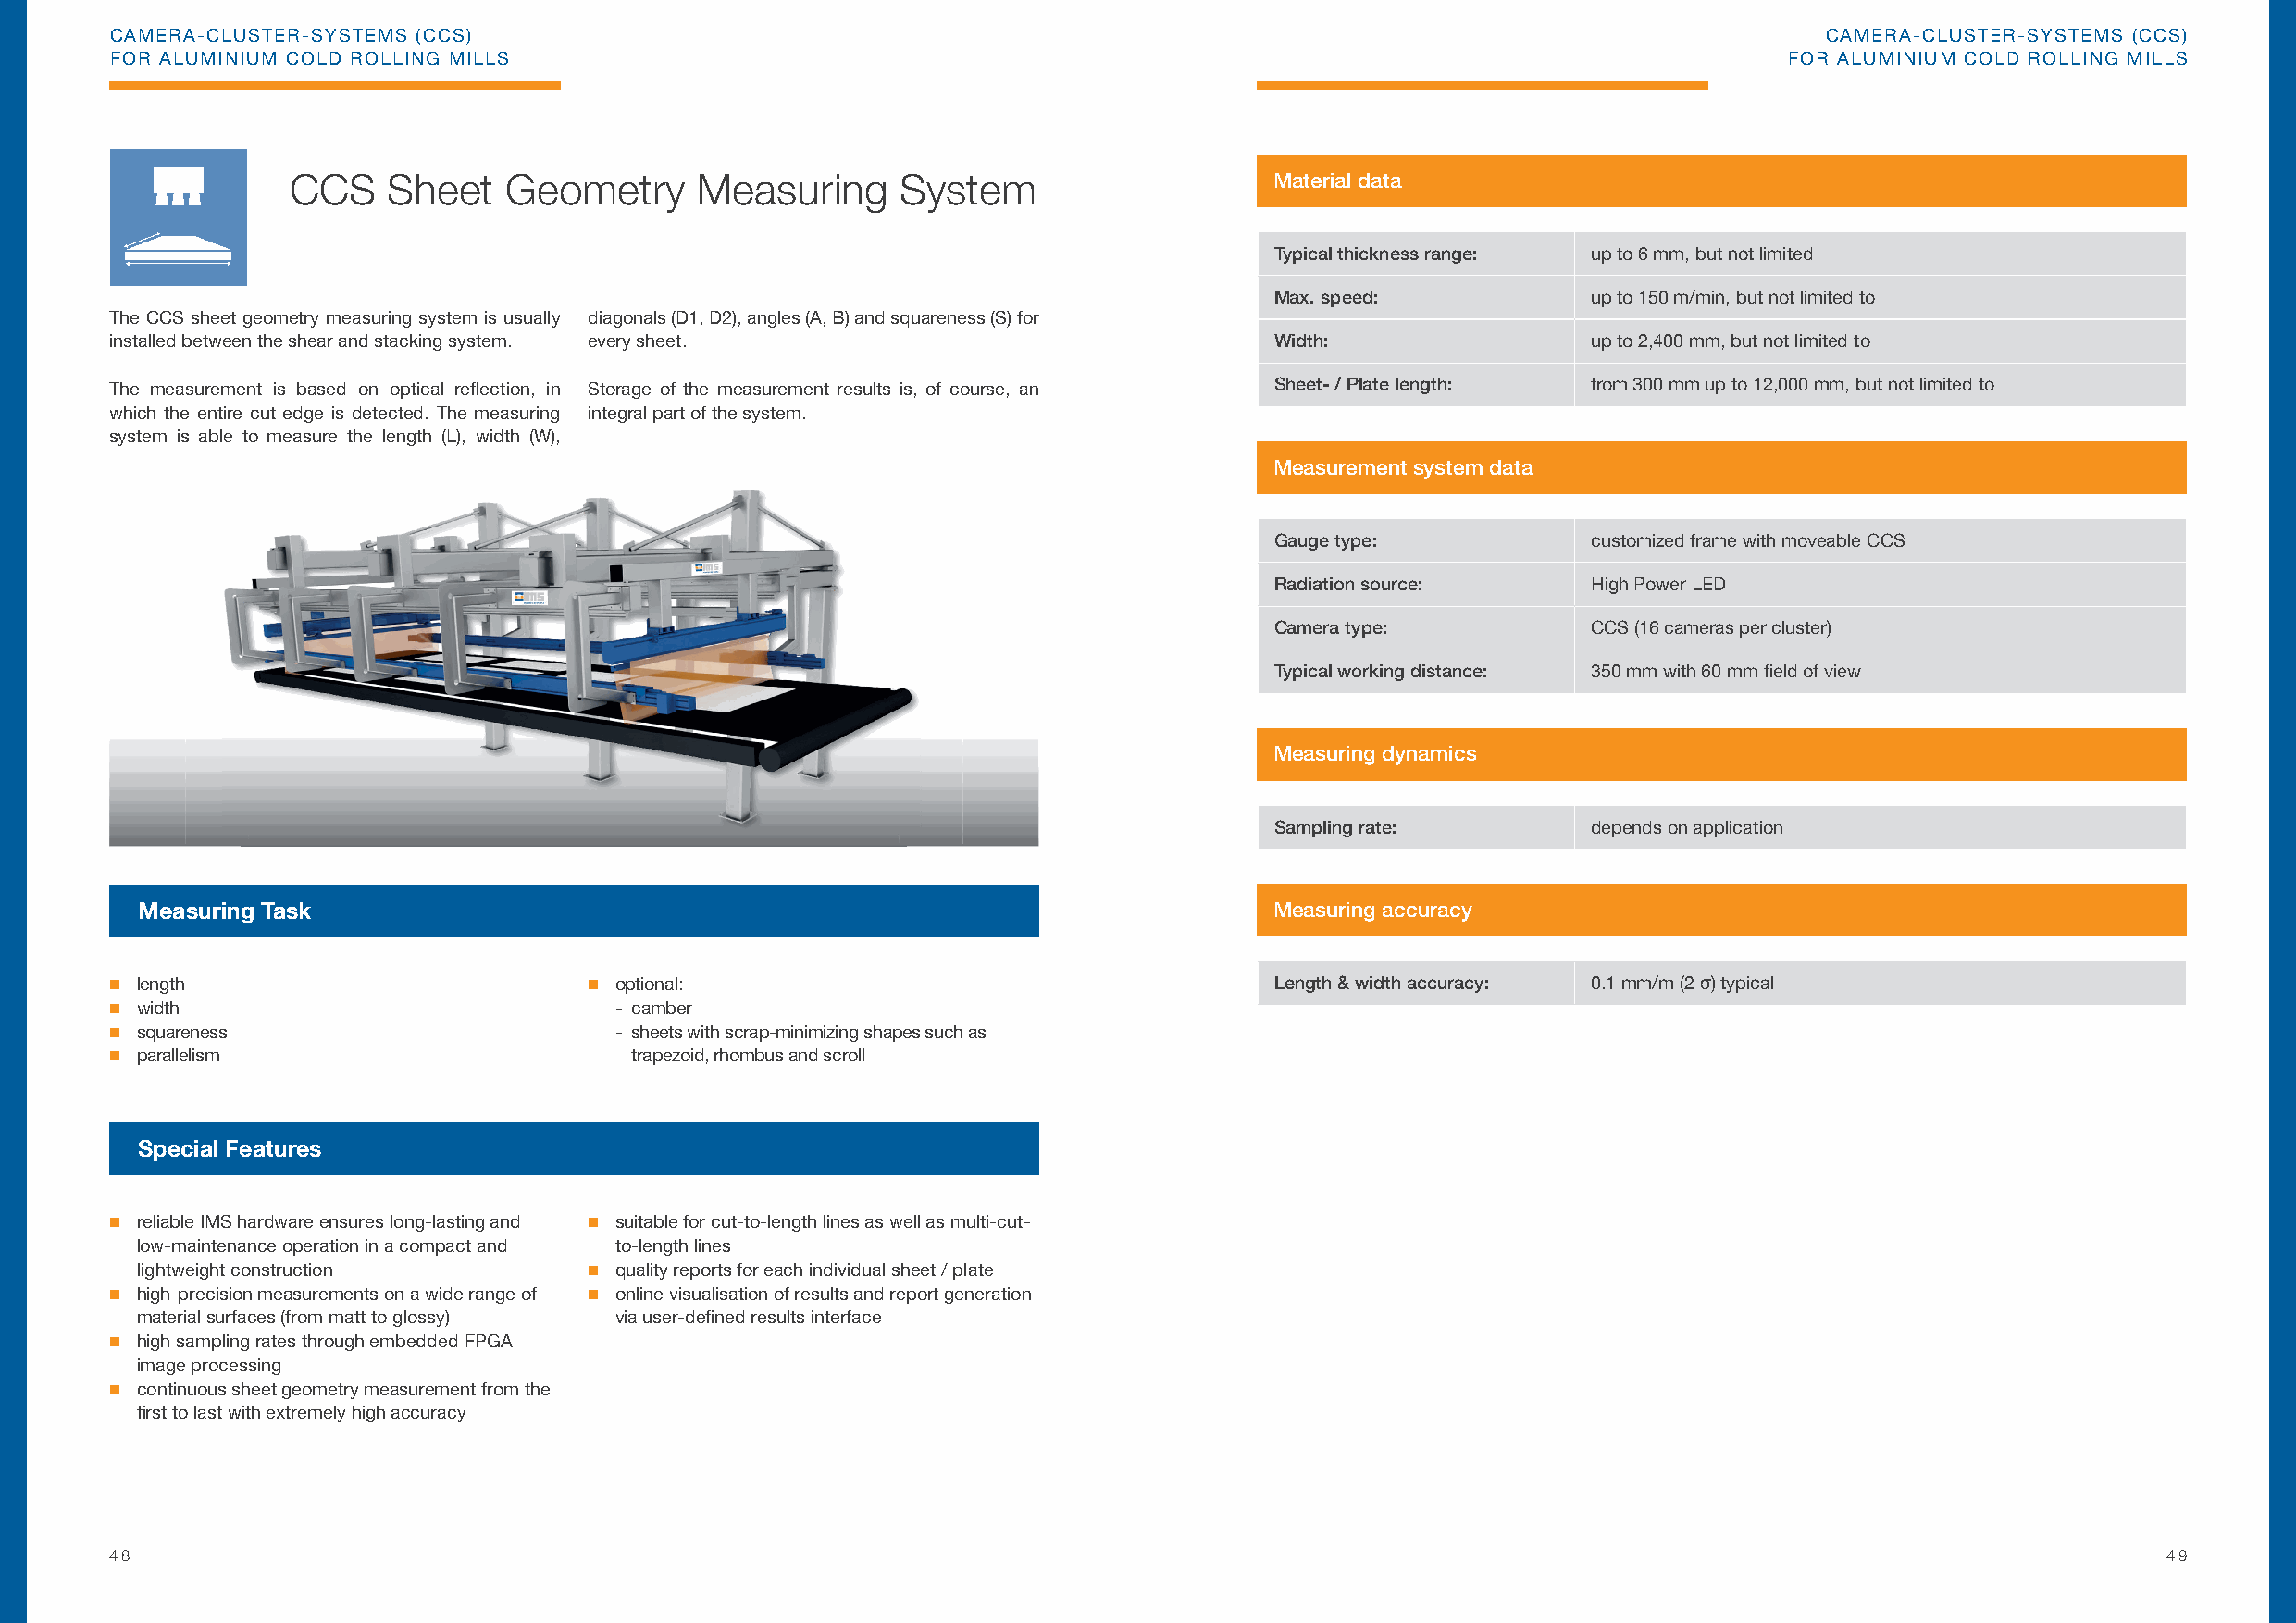
CAMERA-CLUSTER-SYSTEMS (CCS)                                                                                               CAMERA-CLUSTER-SYSTEMS (CCS)
 FOR ALUMINIUM COLD ROLLING MILLS                                                                                        FOR ALUMINIUM COLD ROLLING MILLS
 CCS    Sheet   Geometry      Measuring     System                     Material data
 Typical thickness range: up to 6 mm, but not limited
 Max. speed:            up to 150 m/min, but not limited to
 The CCS sheet geometry measuring system is usually diagonals (D1, D2), angles (A, B) and squareness (S) for
 installed between the shear and stacking system. every sheet.                      Width:                 up to 2,400 mm, but not limited to
 The measurement is based on optical refl ection, in Storage of the measurement results is, of course, an Sheet- / Plate length: from 300 mm up to 12,000 mm, but not limited to
 which the entire cut edge is detected. The measuring integral part of the system.
 system is able to measure the length (L), width (W),
 Measurement system data
 Gauge type:            customized frame with moveable CCS
 Radiation source:      High Power LED
 Camera type:           CCS (16 cameras per cluster)
 Typical working distance: 350 mm with 60 mm fi eld of view
 Measuring dynamics
 Sampling rate:         depends on application
 Measuring Task                                                                   Measuring accuracy
  length                           optional:                                      Length & width accuracy: 0.1 mm/m (2 σ) typical
  width                             - camber
  squareness                        - sheets with scrap-minimizing shapes such as
  parallelism                        trapezoid, rhombus and scroll
 Special Features
  reliable IMS hardware ensures long-lasting and  suitable for cut-to-length lines as well as multi-cut-
 low-maintenance operation in a compact and to-length lines
 lightweight construction         quality reports for each individual sheet / plate
  high-precision measurements on a wide range of  online visualisation of results and report generation
 material surfaces (from matt to glossy) via user-defi ned results interface
  high sampling rates through embedded FPGA
 image processing
  continuous sheet geometry measurement from the
 fi rst to last with extremely high accuracy
 48                                                                                                                                                 49